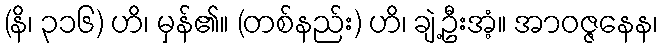
(နိ၊ ၃၁၆) ဟိ၊ မှန်၏။ (တစ်နည်း) ဟိ၊ ချဲ့ဦးအံ့။ အာဝဇ္ဇနေန၊